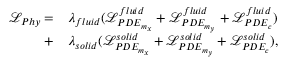
\begin{array} { r l } { \mathcal { L } _ { P h y } = } & { \lambda _ { f l u i d } ( \mathcal { L } _ { P D E _ { m _ { x } } } ^ { f l u i d } + \mathcal { L } _ { P D E _ { m _ { y } } } ^ { f l u i d } + \mathcal { L } _ { P D E _ { c } } ^ { f l u i d } ) } \\ { + } & { \lambda _ { s o l i d } ( \mathcal { L } _ { P D E _ { m _ { x } } } ^ { s o l i d } + \mathcal { L } _ { P D E _ { m _ { y } } } ^ { s o l i d } + \mathcal { L } _ { P D E _ { c } } ^ { s o l i d } ) , } \end{array}